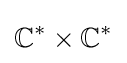
\mathbb {C} ^{*}\times \mathbb {C} ^{*}